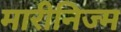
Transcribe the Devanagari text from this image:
मारीनिज्म